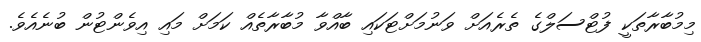
މިމުބާރާތަކީ ފުޓްސަލްގެ ތެރެއަށް ވަނުމަށްޓަކައި ބާއްވާ މުބާރާތެއް ކަމަށް މައި އިވެންޓުން ބުނެއެވެ.